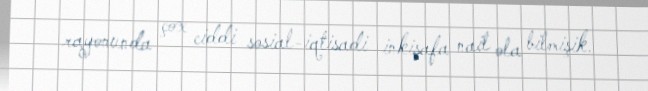
rayonunda çox ciddi sosial-iqtisadi inkişafa nail ola bilmişik.